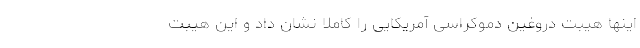
اینها هیبت دروغین دموکراسی آمریکایی را کاملاً نشان داد و این هیبت